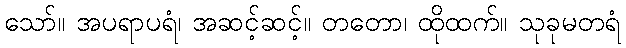
သော်။ အပရာပရံ၊ အဆင့်ဆင့်။ တတော၊ ထိုထက်။ သုခုမတရံ